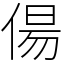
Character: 偒